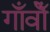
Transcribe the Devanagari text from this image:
गाँवोँ